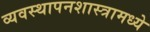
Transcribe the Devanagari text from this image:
व्यवस्थापनशास्त्रामध्ये